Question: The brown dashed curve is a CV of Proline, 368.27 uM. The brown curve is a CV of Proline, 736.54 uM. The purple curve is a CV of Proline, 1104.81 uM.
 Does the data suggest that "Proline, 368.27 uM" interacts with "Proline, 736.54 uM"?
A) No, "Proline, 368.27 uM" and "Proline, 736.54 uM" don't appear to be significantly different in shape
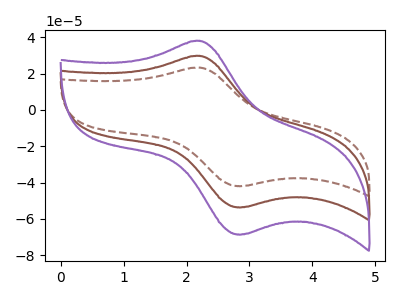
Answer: <think>The brown dashed curve "Proline, 368.27 uM" has an anodic peak at (2.20V, 23.25uA) and a cathodic peak at (2.90V, -41.90uA). The brown curve "Proline, 736.54 uM" has an anodic peak at (2.20V, 29.70uA) and a cathodic peak at (2.90V, -53.60uA). The purple curve "Proline, 1104.81 uM" has an anodic peak at (2.20V, 59.40uA) and a cathodic peak at (2.90V, -107.20uA).
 All the peaks in "Proline, 368.27 uM" have a peak in "Proline, 736.54 uM" at the same potential. Every peak in "Proline, 368.27 uM" is lower than every peak in "Proline, 736.54 uM".</think>
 <answer>A) No, "Proline, 368.27 uM" and "Proline, 736.54 uM" don't appear to be significantly different in shape</answer>
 <eval>A</eval>